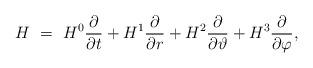
LaTeX: \begin{align*} H\, \,=\,\, {{H}^{0}}\frac{\partial }{\partial t}+{{H}^{1}}\frac{\partial }{\partial r}+{{H}^{2}}\frac{\partial }{\partial \vartheta}+{{H}^{3}}\frac{\partial }{\partial \varphi},\end{align*}